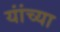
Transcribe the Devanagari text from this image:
यांंच्या